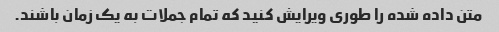
متن داده شده را طوری ویرایش کنید که تمام جملات به یک زمان باشند.